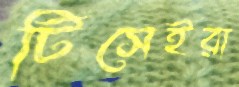
টিসেইরা